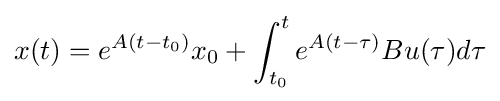
x(t)=e^{A(t-t_{0})}x_{0}+\int _{t_{0}}^{t}e^{A(t-\tau )}Bu(\tau )d\tau